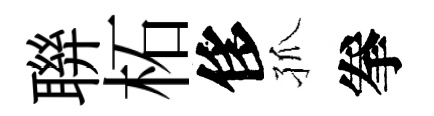
聨柘侈孤拳